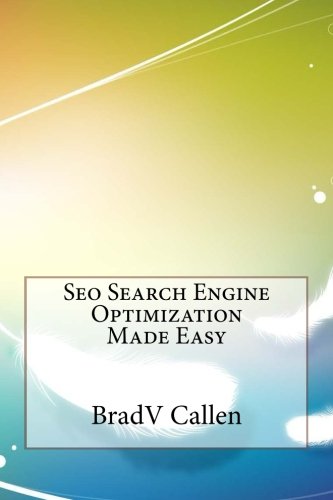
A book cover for Seo Search Engine Optimization Made Easy; BradV Callen; Computers & Technology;